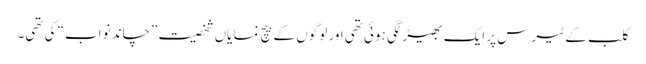
کلب کے ٹیرس پر ایک بھیڑ لگی ہوئی تھی اور لوگوں کے بیچ نمایاں شخصیت ”چاند نواب“ کی تھی۔